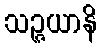
သဉ္ဇယာနိ